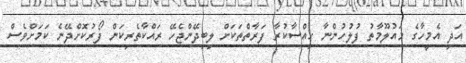
އަދި އެމީހާގެ މައުލޫމާތު ފުލުހުންނާ ހިއްސާކުރާ ފަރާތްތަކަށް ލިބިދޭންޖެހޭ ރައްކާތެރިކަން ފޯރުކޮށްދޭނެ ކަމަށްވެސް